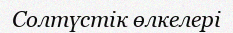
Солтүстік өлкелері